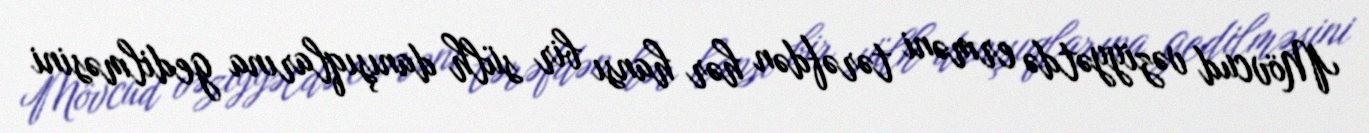
Mövcud vəziyyətdə erməni tərəfdən hər hansı bir sülh danışıqlarına gedilməsini